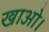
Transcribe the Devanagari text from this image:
खाओ।